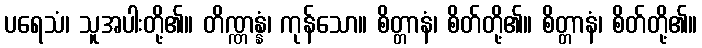
ပရေသံ၊ သူအပါးတို့၏။ တိဏ္ဏန္နံ၊ ကုန်သော။ စိတ္တာနံ၊ စိတ်တို့၏။ စိတ္တာနံ၊ စိတ်တို့၏။